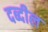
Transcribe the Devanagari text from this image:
दब्दील